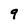
Character: 9